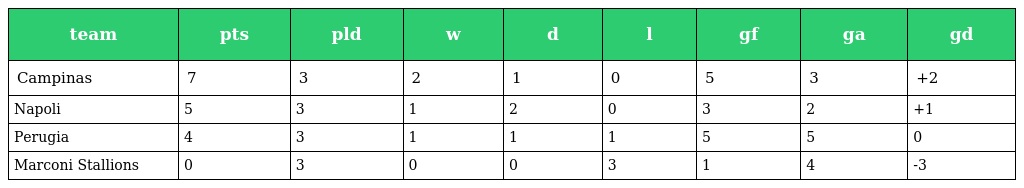
| team | pts | pld | w | d | l | gf | ga | gd |
 | --- | --- | --- | --- | --- | --- | --- | --- | --- |
 | Campinas | 7 | 3 | 2 | 1 | 0 | 5 | 3 | +2 |
 | Napoli | 5 | 3 | 1 | 2 | 0 | 3 | 2 | +1 |
 | Perugia | 4 | 3 | 1 | 1 | 1 | 5 | 5 | 0 |
 | Marconi Stallions | 0 | 3 | 0 | 0 | 3 | 1 | 4 | -3 |